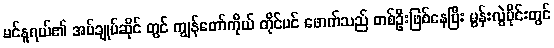
မင်နူရယ်၏ အပ်ချုပ်ဆိုင် တွင် ကျွန်တော်ကိုယ် တိုင်ပင် ဖောက်သည် တစ်ဦးဖြစ်နေပြီး မွန်းလွဲပိုင်းတွင်